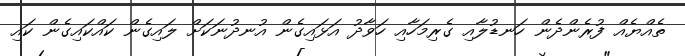
ތެއްޔެއް ފުރެންދެން ހަނޑުލާއި ގެރިމަހާއި ހަވާދު އަޅައިގެން އުނދުނަކަށް ލައިގެން ކައްކައިގެން ކައި